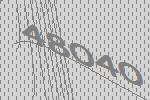
48040